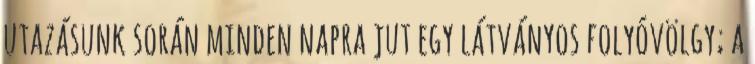
utazásunk során minden napra jut egy látványos folyóvölgy; a